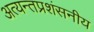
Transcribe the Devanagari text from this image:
अत्यन्तप्रशंसनीय